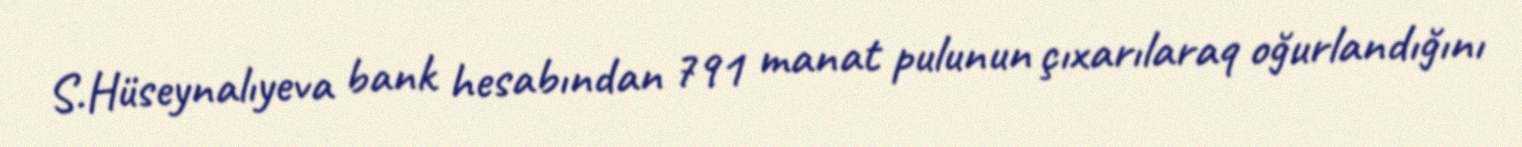
S.Hüseynalıyeva bank hesabından 791 manat pulunun çıxarılaraq oğurlandığını